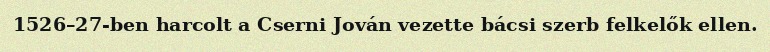
1526–27-ben harcolt a Cserni Jován vezette bácsi szerb felkelők ellen.